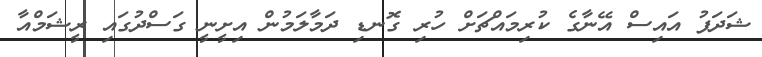
ޝަދަފު އައިސް އޭނާގެ ކުރިމައްޗަށް ހުރި ގޮނޑި ދަމާލަމުން އިށީނީ ގަސްދުގައި ރީޝަމްއާ